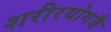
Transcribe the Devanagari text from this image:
शरीरयोगजै